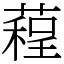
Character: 𦻓